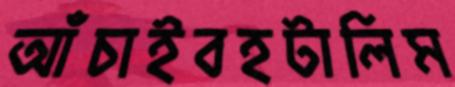
আঁচাইবহটালিম